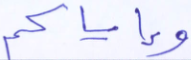
وإياكم